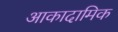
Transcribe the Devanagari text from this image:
आकादामिक